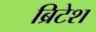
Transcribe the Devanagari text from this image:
ब्रिटेश